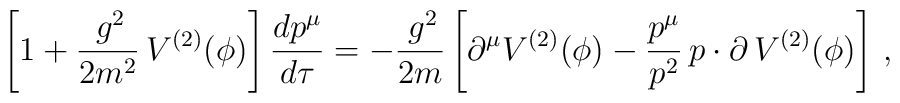
\left[1 +\frac{\,g^2}{2m^2}\,V^{(2)}(\phi)\right]\frac{dp^\mu}{d\tau} =-\frac{\,g^2}{2m}\left[\partial^\mu V^{(2)}(\phi) - \frac{p^\mu}{p^2}\,p\cdot\partial\,V^{(2)}(\phi)\right]\,,